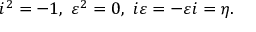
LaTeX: i ^ { 2 } = - 1 , \ \varepsilon ^ { 2 } = 0 , \ i \varepsilon = - \varepsilon i = \eta .